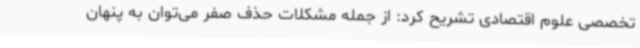
تخصصی علوم اقتصادی تشریح کرد: از جمله مشکلات حذف صفر می‌توان به پنهان